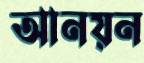
আনয়ন